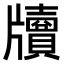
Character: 𤘄